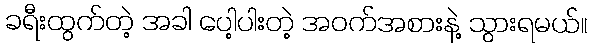
ခရီးထွက်တဲ့ အခါ ပေါ့ပါးတဲ့ အဝက်အစားနဲ့ သွားရမယ်။